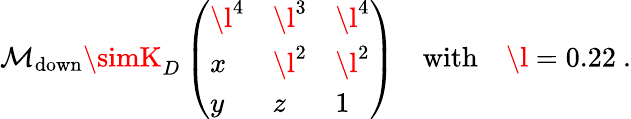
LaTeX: \mathcal{M}_{\mathrm{{down}}}\simK_{D}\left(\begin{array}{lll}{{\l^{4}}}&{{\l^{3}}}&{{\l^{4}}}\\ {{x}}&{{\l^{2}}}&{{\l^{2}}}\\ {{y}}&{{z}}&{{1}}\end{array}\right)\quad\mathrm{{with}}\quad\l=0.22\ .